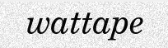
wattape